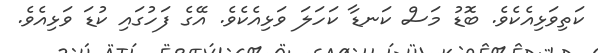
ކަތިވަޅިއެކެވެ. ބޮޑު މަސް ކަނޑާ ކަހަލަ ވަޅިއެކެވެ. އޭގެ ފަހުގައި ކުޑަ ވަޅިއެވެ.